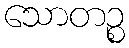
သောတဉ္စ